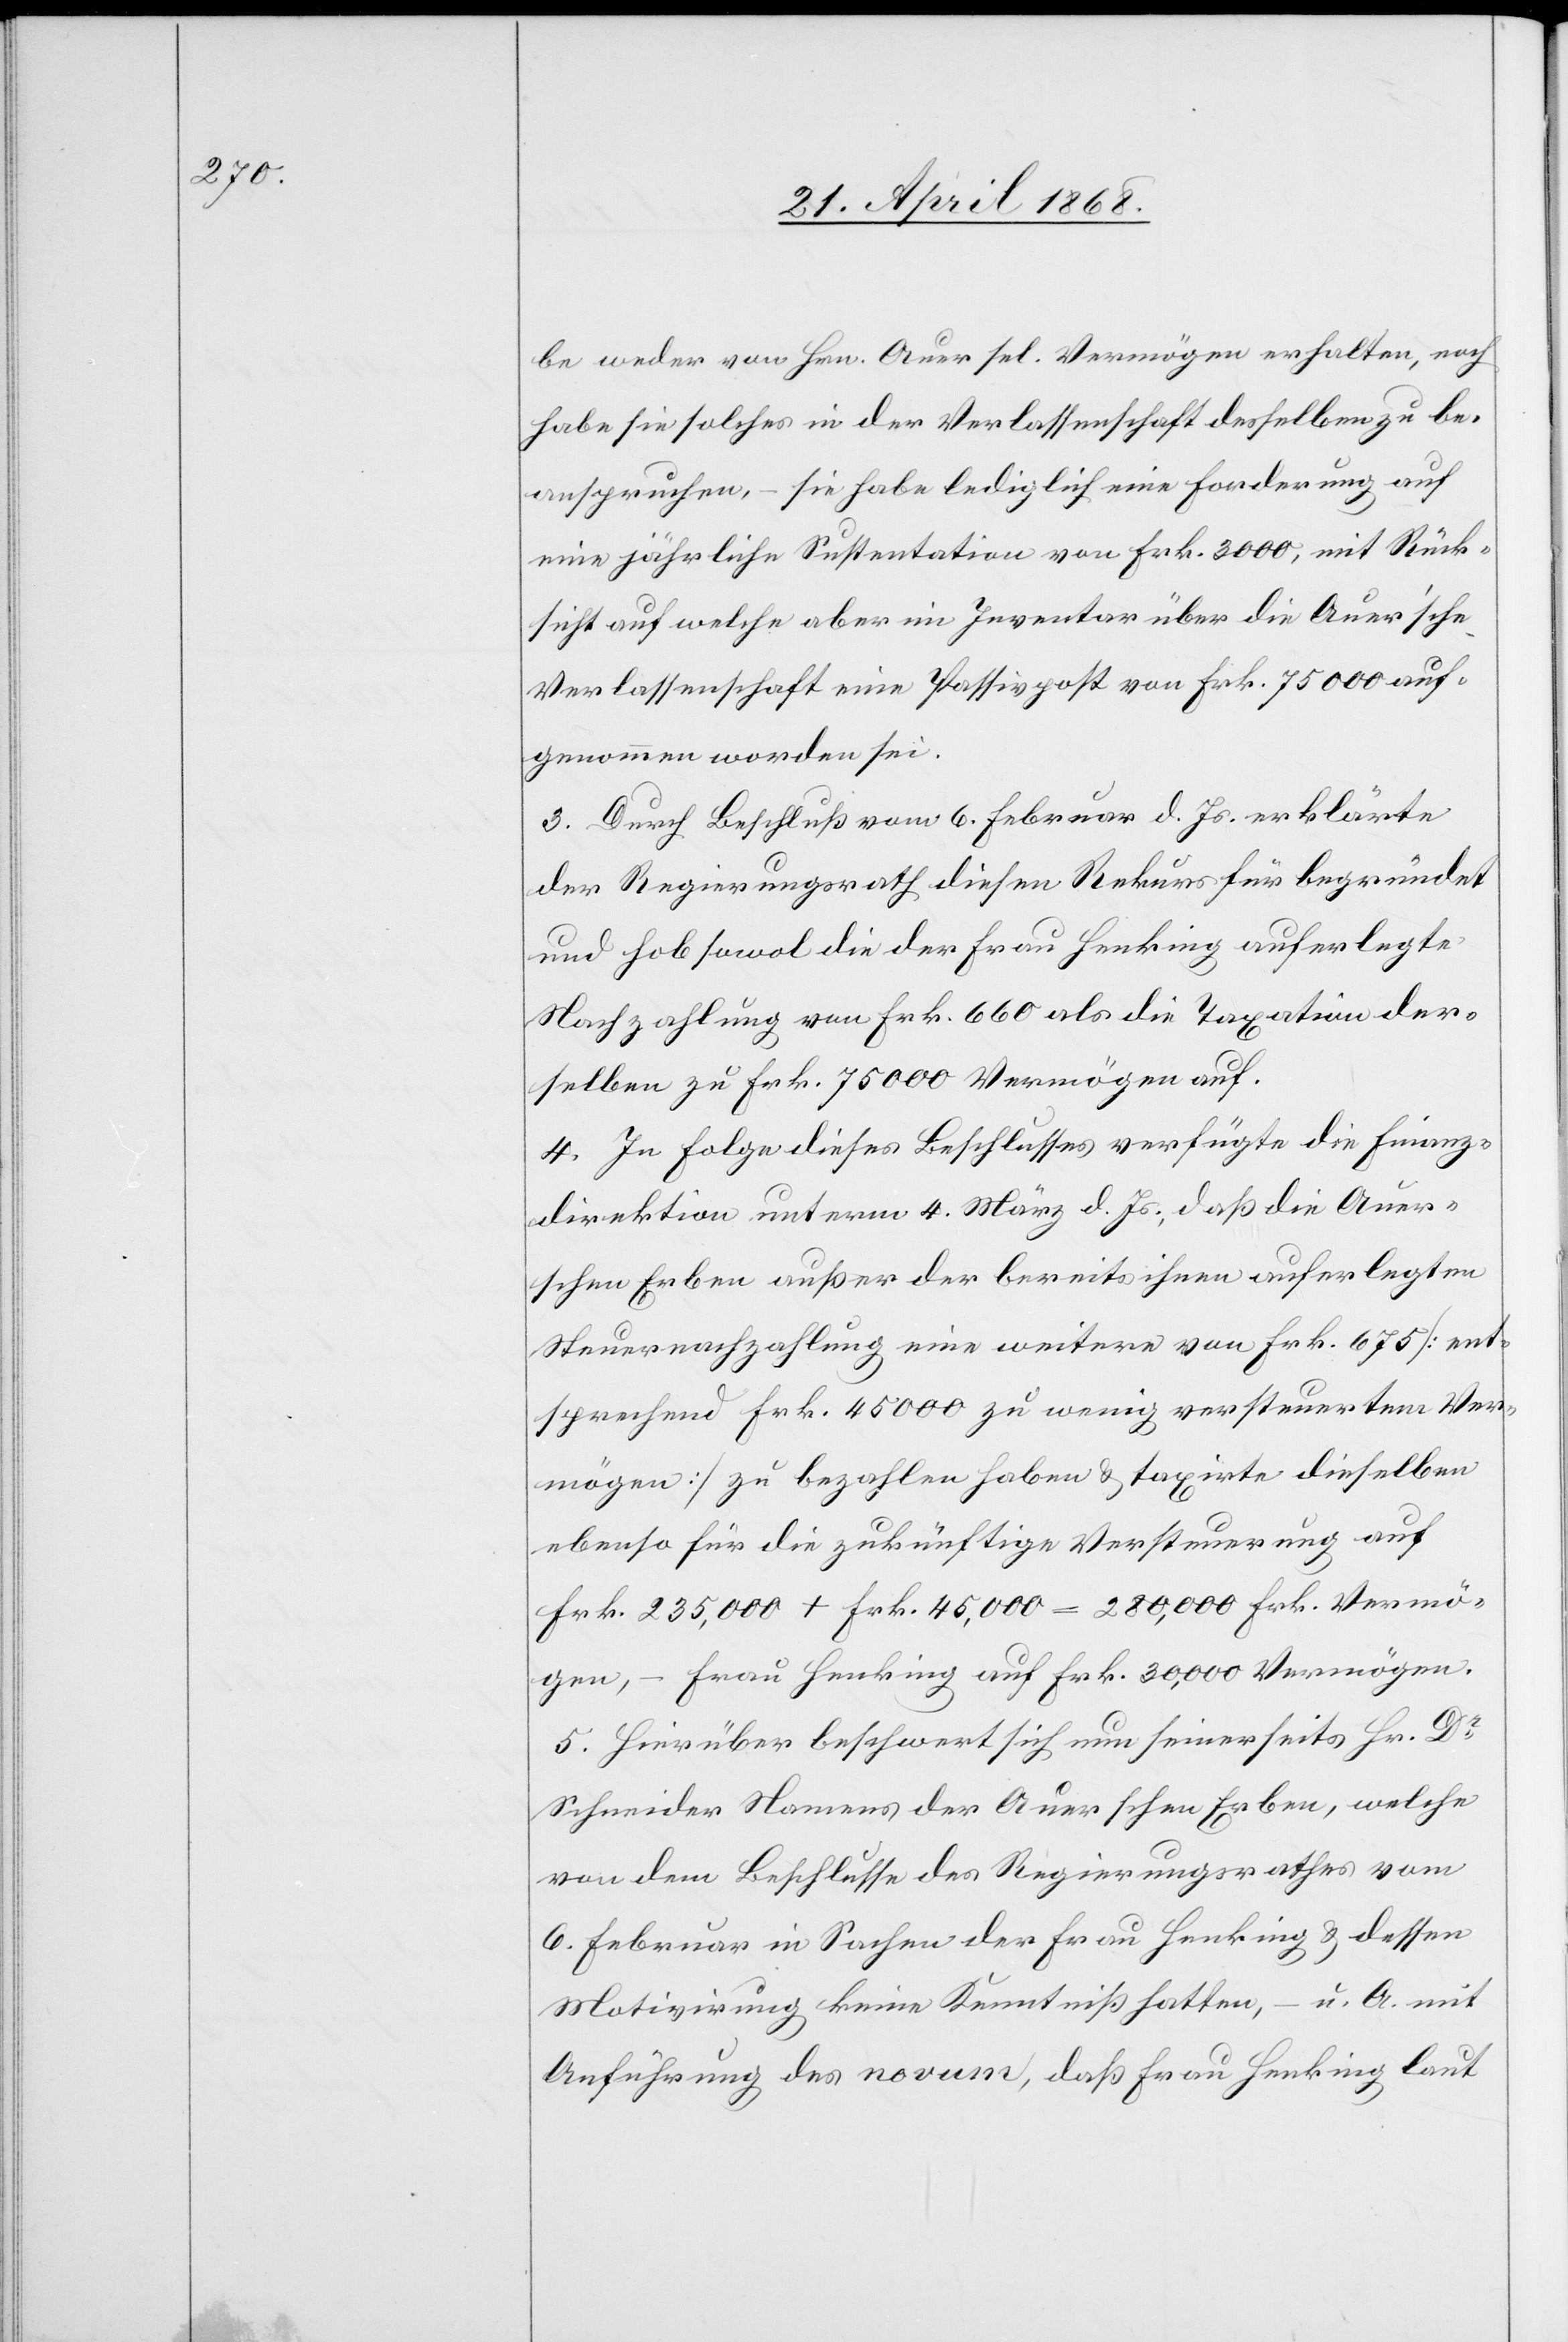
be weder von Hrn. Auer sel. Vermögen erhalten, noch
habe sie solches in der Verlassenschaft desselben zu be¬
anspruchen, – sie habe lediglich eine Forderung auf
eine jährliche Sustentation von Frk. 3000, mit Rück¬
sicht auf welche aber im Inventar über die Auer’sche
Verlassenschaft eine Passivpost von Frk. 75 000 auf¬
genommen worden sei.
3. Durch Beschluß vom 6. Februar d. Js. erklärte
der Regierungsrath diesen Rekurs für begründet
und hob sowol die der Frau Henking auferlegte
Nachzahlung von Frk. 660 als die Taxation der¬
selben zu Frk. 75 000 Vermögen auf.
4. In Folge dieses Beschlusses verfügte die Finanz¬
direktion unterm 4. März d. Js., daß die Auer¬
schen Erben außer der bereits ihnen auferlegten
Steuernachzahlung eine weitere von Frk. 675 [ent¬
sprechend Frk. 45 000 zu wenig versteuertem Ver¬
mögen] zu bezahlen haben & taxirte dieselben
ebenso für die zukünftige Versteuerung auf
Frk. 235,000 + Frk. 45,000 = 280,000 Frk. Vermö¬
gen, – Frau Henking auf Frk. 30,000 Vermögen.
5. Hierüber beschwert sich nun seinerseits Hr. Dr.
Schneider Namens der Auerschen Erben, welche
von dem Beschlusse des Regierungsrathes vom
6. Februar in Sachen der Frau Henking & dessen
Motivirung keine Kenntniß hatten, – u. A. mit
Anführung des novum, daß Frau Henking laut